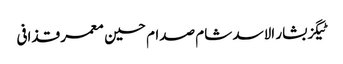
ٹیگزبشار الاسد شام صدام حسین معمر قذافی